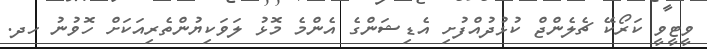
ވީޓީވީ ކަރޯކޭ ޗެލެންޖް ކުޅުދުއްފުށި އެޑިޝަންގެ އެންމެ މޮޅު ލަވަކިޔުންތެރިއަކަށް ހޮވުނު ހދ.